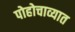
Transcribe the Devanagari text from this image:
पोहोचाव्यात